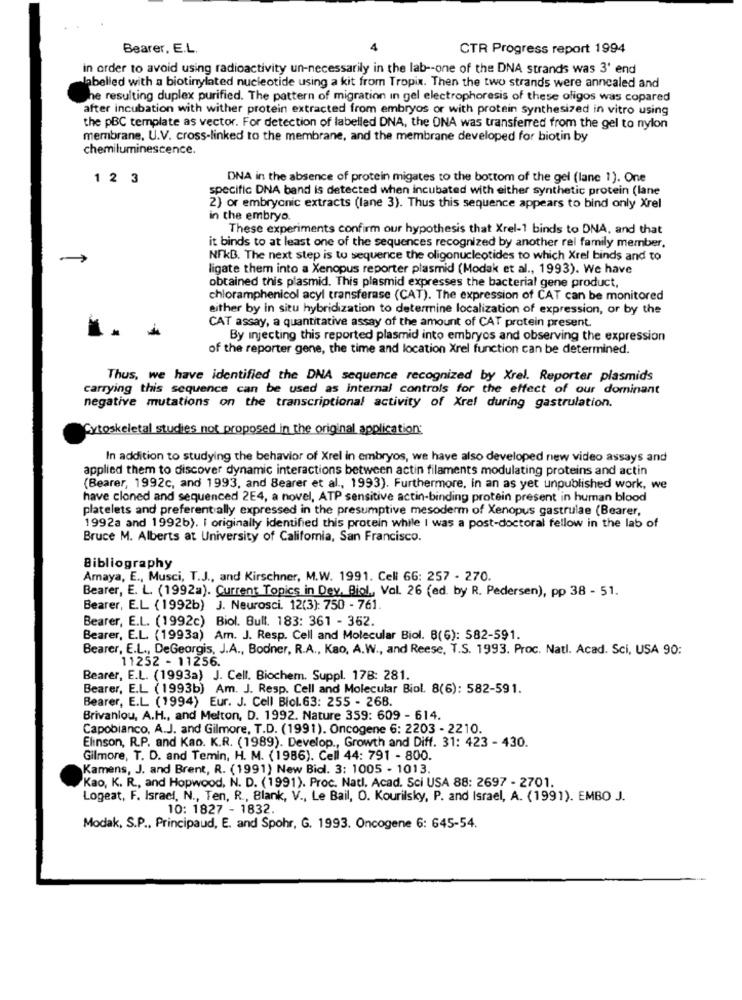
Bearer, E.L.
CTR Progress report 1994
in order to avoid using radioactivity un-necessarily in the lab -- one of the DNA strands was 3' end
labelled with a biotinylated nucleotide using a kit from Tropix. Then the two strands were annealed and
The resulting duplex purified. The pattern of migration in gel electrophoresis of these oligos was copared
after incubation with wither protein extracted from embryos or with protein synthesized in vitro using
the pBC template as vector. For detection of labelled DNA, the ONA was transferred from the gel to nylon
membrane, U.V. cross-linked to the membrane, and the membrane developed for biotin by
chemiluminescence.
1 2 3
DNA in the absence of protein migates to the bottom of the gel (lane 1). One
specific DNA band is detected when incubated with either synthetic protein (lane
2) or embryonic extracts (lane 3). Thus this sequence appears to bind only Xrel
in the embryo.
These experiments confirm our hypothesis that Xrel-1 binds to DNA, and that
it binds to at least one of the sequences recognized by another rel family member.
NFKB. The next step is to sequence the oligonucleotides to which Xrel binds and to
ligate them into a Xenopus reporter plasmid (Modak et al ., 1993). We have
obtained this plasmid. This plasmid expresses the bacterial gene product,
chloramphenicol acyl transferase (CAT). The expression of CAT can be monitored
either by in situ hybridization to determine localization of expression, or by the
CAT assay, a quantitative assay of the amount of CAT protein present.
By injecting this reported plasmid into embryos and observing the expression
of the reporter gene, the time and location Xrel function can be determined.
Thus, we have identified the DNA sequence recognized by Xrel. Reporter plasmids
carrying this sequence can be used as internal controls for the effect of our dominant
negative mutations on the transcriptional activity of Xrel during gastrulation.
Cytoskeletal studies not proposed in the original application:
In addition to studying the behavior of Xrel in embryos, we have also developed new video assays and
applied them to discover dynamic interactions between actin filaments modulating proteins and actin
(Bearer, 1992c, and 1993, and Bearer et al ., 1993). Furthermore, in an as yet unpublished work, we
have cloned and sequenced 2E4, a novel, ATP sensitive actin-binding protein present in human blood
platelets and preferent ally expressed in the presumptive mesoderm of Xenopus gastrulae (Bearer,
1992a and 1992b). I originally identified this protein while I was a post-doctoral fellow in the lab of
Bruce M. Alberts at University of California, San Francisco.
Bibliography
Amaya, E ., Musci, T.J ., and Kirschner, M.W. 1991. Cell 66: 257 - 270.
Bearer, E. L. (1992a). Current Topics in Dev. Biol ,, Vol. 26 (ed. by R. Pedersen), pp 38 - 51.
Bearer, E.L (1992b) J. Neurosci. 12(3): 750 - 761.
Bearer, E.L. (1992c) Biol. Bull. 183: 361 - 362.
Bearer, E.L. (1993a) Am. J. Resp. Cell and Molecular Biol. B(6): 582-591.
Bearer, E.L ., DeGeorgis, J.A ., Bodner, R.A ., Kao, A.W ., and Reese, T.S. 1993. Proc. Natl. Acad. Sci, USA 90:
11252 - 11256.
Bearer, E.L. (1993a) J. Cell. Biochem. Suppl. 178: 281.
Bearer, E.L (1993b) Am. J. Resp. Cell and Molecular Biol. 8(6): 582-591.
Bearer, E.L (1994) Eur. J. Cell Biol.63: 255 - 268.
Brivanlou, A.H ., and Melton, D. 1992. Nature 359: 609 - 614.
Capobianco, A.J. and Gilmore, T.D. (1991). Oncogene 6: 2203 - 2210.
Elinson, R.P. and Kao. K.R. (1989). Develop ., Growth and Diff. 31: 423 - 430.
Gilmore, T. D. and Temin, H. M. (1986). Cell 44: 791 - 800.
Kamens, J. and Brent, R. (1991) New Bidl. 3: 1005 - 1013.
Kao, K. R ., and Hopwood, N. D. (1991). Proc. Natl. Acad. Sci USA 88: 2697 - 2701.
Logeat, F. Israel, N ., Ten, R ., Blank, V ., Le Bail, O. Kourilsky, P. and Israel, A. (1991). EMBO J.
10: 1827 - 1832
Modak, S.P ., Principaud, E. and Spohr, G. 1993. Oncogene 6: 645-54.